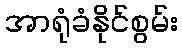
အာရုံခံနိုင်စွမ်း